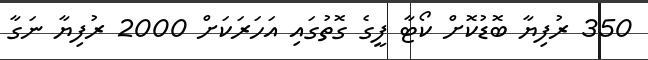
350 ރުފިޔާ ބޮޑުކޮށް ކޯޓާ ފީގެ ގޮތުގައި އަހަރަކަށް 2000 ރުފިޔާ ނަގާ